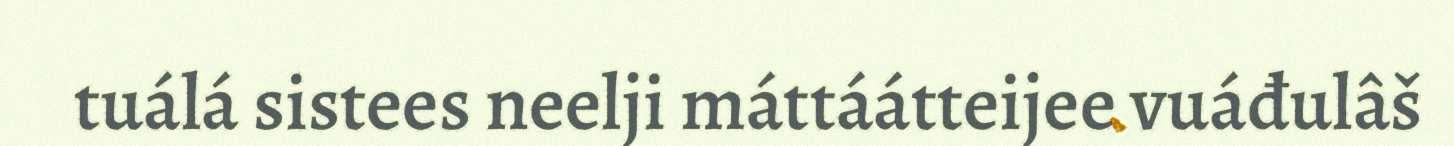
tuálá sistees neelji máttáátteijee vuáđulâš